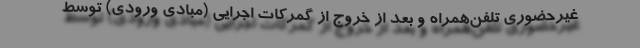
غیرحضوری تلفن‌همراه و بعد از خروج از گمرکات اجرایی (مبادی ورودی) توسط